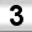
Digit: 3